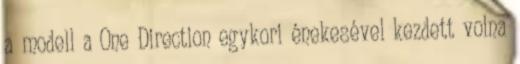
a modell a One Direction egykori énekesével kezdett volna